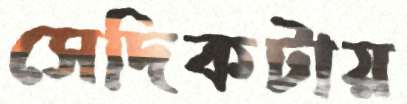
সেদিকটায়